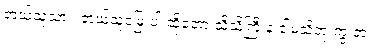
ဘယ်သူ့သား၊ ဘယ်သူ့မြေးပါ ဆိုတော့ သိသိကြီးနဲ့ ငါမသိဘူးကွ တဲ့။